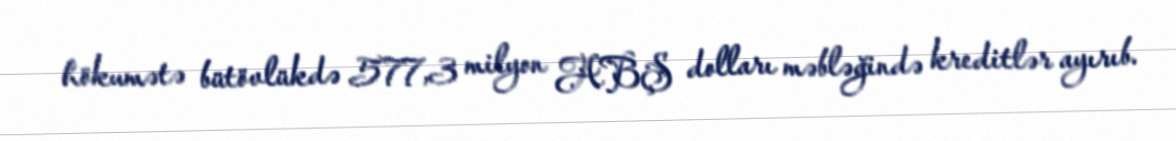
hökumətə bütövlükdə 577,3 milyon ABŞ dolları məbləğində kreditlər ayırıb.